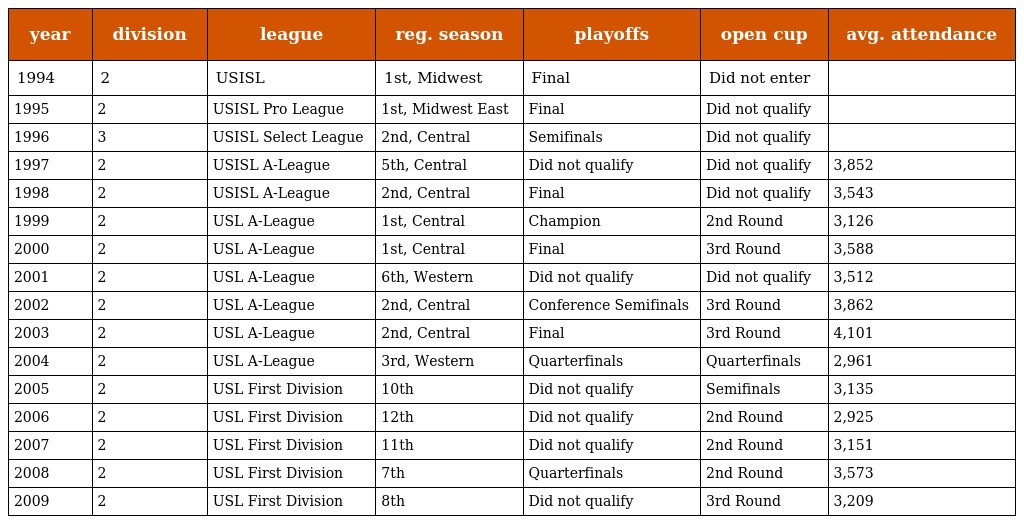
| year | division | league | reg. season | playoffs | open cup | avg. attendance |
 | --- | --- | --- | --- | --- | --- | --- |
 | 1994 | 2 | USISL | 1st, Midwest | Final | Did not enter |  |
 | 1995 | 2 | USISL Pro League | 1st, Midwest East | Final | Did not qualify |  |
 | 1996 | 3 | USISL Select League | 2nd, Central | Semifinals | Did not qualify |  |
 | 1997 | 2 | USISL A-League | 5th, Central | Did not qualify | Did not qualify | 3,852 |
 | 1998 | 2 | USISL A-League | 2nd, Central | Final | Did not qualify | 3,543 |
 | 1999 | 2 | USL A-League | 1st, Central | Champion | 2nd Round | 3,126 |
 | 2000 | 2 | USL A-League | 1st, Central | Final | 3rd Round | 3,588 |
 | 2001 | 2 | USL A-League | 6th, Western | Did not qualify | Did not qualify | 3,512 |
 | 2002 | 2 | USL A-League | 2nd, Central | Conference Semifinals | 3rd Round | 3,862 |
 | 2003 | 2 | USL A-League | 2nd, Central | Final | 3rd Round | 4,101 |
 | 2004 | 2 | USL A-League | 3rd, Western | Quarterfinals | Quarterfinals | 2,961 |
 | 2005 | 2 | USL First Division | 10th | Did not qualify | Semifinals | 3,135 |
 | 2006 | 2 | USL First Division | 12th | Did not qualify | 2nd Round | 2,925 |
 | 2007 | 2 | USL First Division | 11th | Did not qualify | 2nd Round | 3,151 |
 | 2008 | 2 | USL First Division | 7th | Quarterfinals | 2nd Round | 3,573 |
 | 2009 | 2 | USL First Division | 8th | Did not qualify | 3rd Round | 3,209 |